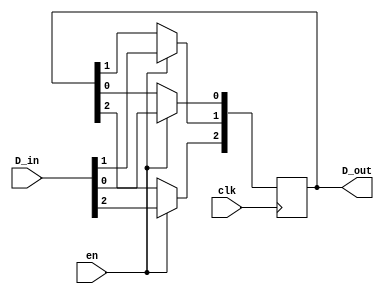
`timescale 1ns / 1ps
module test_3bits
(
input [2:0] D_in, // Data input
input clk, // clock input
input en,
output reg [2:0] D_out // output Q
); 

integer i;
always @(posedge clk)
begin
if(en) begin

for (i=0; i<3; i=i+1)
	D_out[i]<= D_in[i];

end
end
endmodule